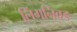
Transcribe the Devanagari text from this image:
लिंगनिवड